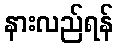
နားလည်ရန်